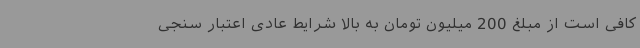
کافی‌ است از مبلغ 200 میلیون تومان به بالا شرایط عادی اعتبار سنجی